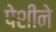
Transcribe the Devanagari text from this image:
पेशीने